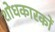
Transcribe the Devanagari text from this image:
शोधकारकों